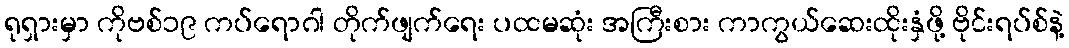
ရုရှားမှာ ကိုဗစ်၁၉ ကပ်ရောဂါ တိုက်ဖျက်ရေး ပထမဆုံး အကြီးစား ကာကွယ်ဆေးထိုးနှံဖို့ ဗိုင်းရပ်စ်နဲ့